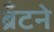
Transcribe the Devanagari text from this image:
ब्रँटने